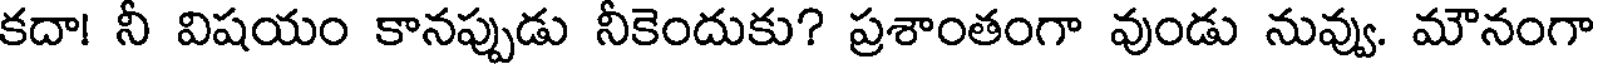
కదా! నీ విషయం కానప్పుడు నీకెందుకు? ప్రశాంతంగా వుండు నువ్వు. మౌనంగా